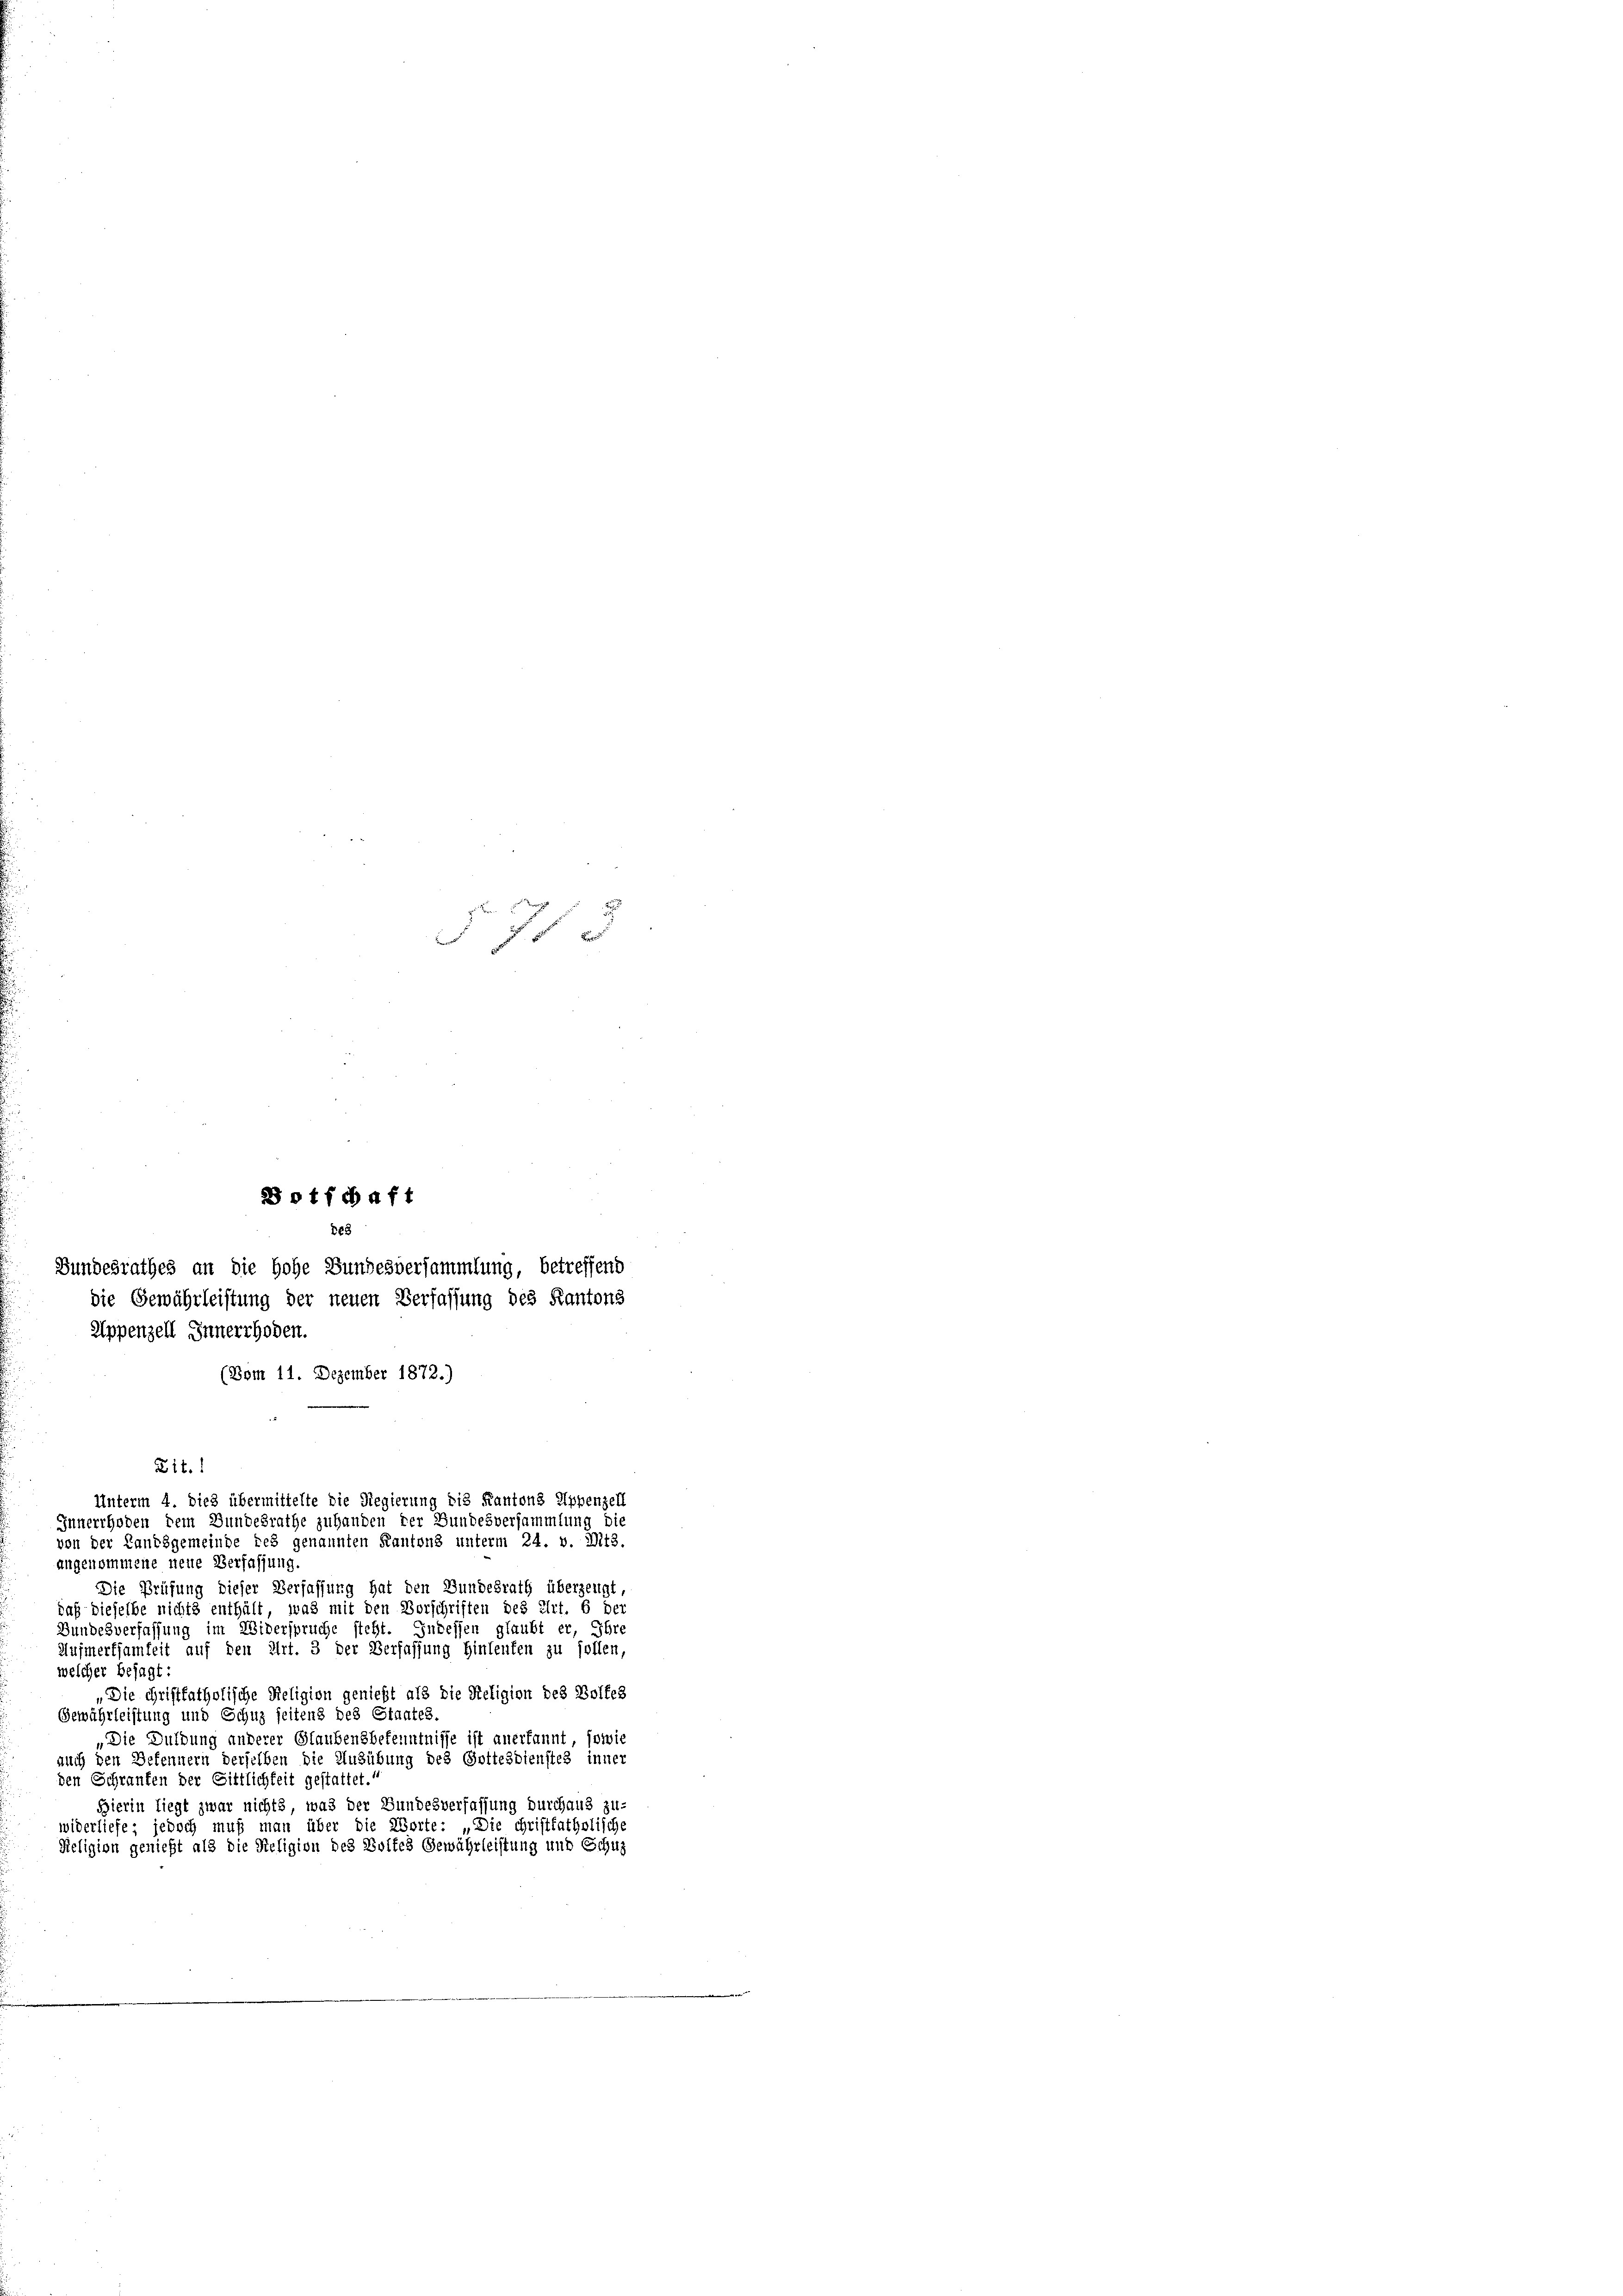
f 0 x

otfchaft
823
Bundesrathes an die Hohe Bundesversammlung, betreffend

die Gewährleistung der neuen Verfassung des Kantons
Appenzell Innerrhoden.
(Bom 11. Dezember 1872.)
Lit.
angenommene neue Verfassung,
Die Prüfung dieser Verfassung hat den Bundesrath überzeugt
daß dieselbe nichts enthält, was mit den Vorschriften des Art. 6 der
Bundesverfassung im Widerspruche steht. Indessen glaubt er, Ihre
Aufmerksamkeit auf den Art. 3 der Verfassung hinleuten zu sollen,
welcher besagt:
„Die chriftfatholische Religion genießt als die Religion des Boltes
Gewährleistung und Schuz seitens des Staates
Die Duldung anderer Glaubensbekenntnisse ist anerkannt, sowie
auch den Befennern derselben die Ausübung des Gottesdienstes inner
den Schranken der Sittlichkeit gestattet.“
Hierin liegt zwar nichts, was der Bundesverfassung durchaus zu-
widerliefe; jedoch muß man über die Worte: „Die chriftfatholische
Religion genießt als die Religion des Woltes Gewährleistung und Schuz

Unterm 4. dies übermittelte die Regierung die Kantons Appenzell
Innerrhoden dem Bundesrathe zuhanden der Bundesversammlung die
von der Landsgemeinde des genannten Kantons unterm 24. v. Mts.